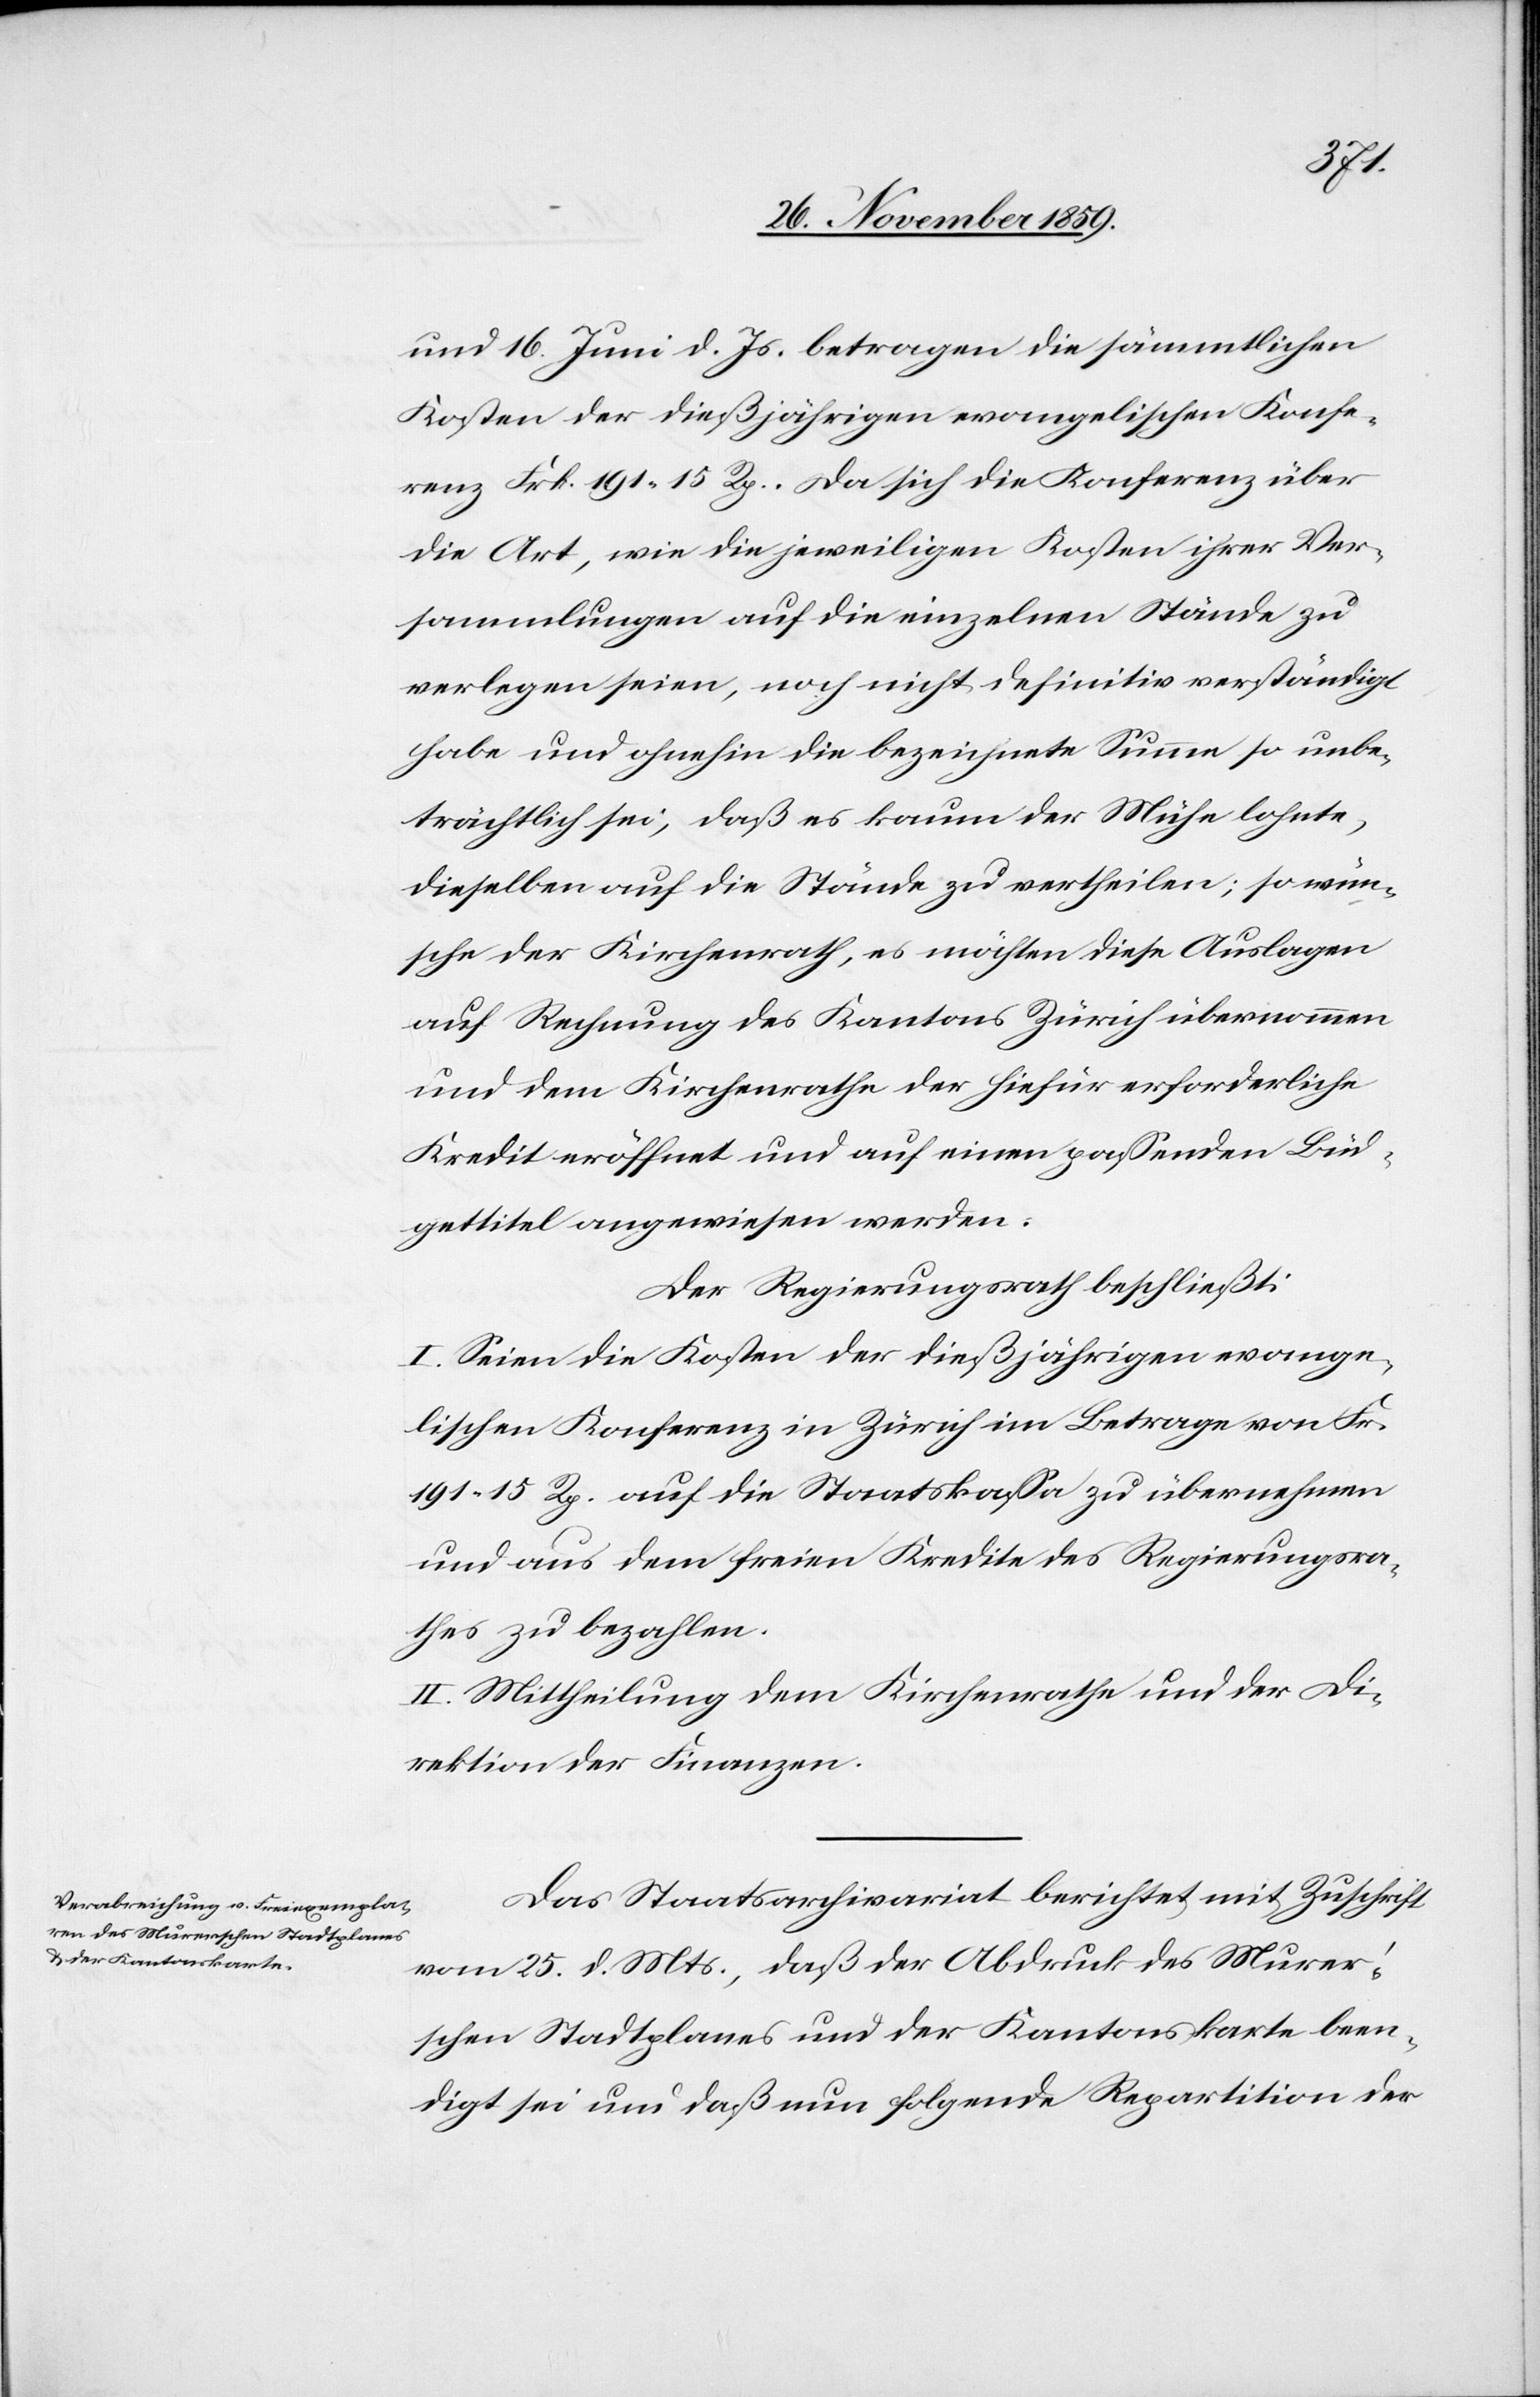
und 16. Juni d. Js. betragen die sämmtlichen
Kosten der dießjährigen evangelischen Konfe¬
renz Frk. 191 15 Rp. Da sich die Konferenz über
die Art, wie die jeweiligen Kosten ihrer Ver¬
sammlungen auf die einzelnen Stände zu
verlegen seien, noch nicht definitiv verständigt
habe und ohnehin die bezeichnete Summe so unbe¬
trächtlich sei, daß es kaum der Mühe lohnte,
dieselben auf die Stände zu vertheilen; so wün¬
sche der Kirchenrath, es möchten diese Auslagen
auf Rechnung des Kantons Zürich übernommen
und dem Kirchenrathe der hiefür erforderliche
Kredit eröffnet und auf einen passenden Büd¬
gettitel angewiesen werden.
Der Regierungsrath beschließt:
I. Seien die Kosten der dießjährigen evange¬
lischen Konferenz in Zürich im Betrage von Fr.
191 15 Rp. auf die Staatskassa zu übernehmen
und aus dem freien Kredite des Regierungsra¬
thes zu bezahlen.
II. Mittheilung dem Kirchenrathe und der Di¬
rektion der Finanzen.
Das Staatsarchivariat berichtet mit Zuschrift
vom 25. d.. Mts., daß der Ausdruck des Murer’s¬
chen Stadtplanes und der Kantonskarte been¬
digt sei und daß nun folgende Repartition der